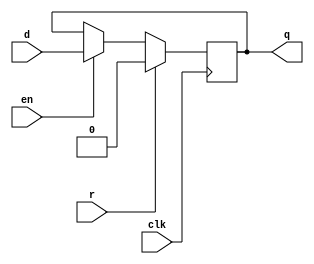
module dffre(d,en,r,clk,q);
parameter n = 1;//n=1dn>1nd
input [n-1:0]d;
input en,r,clk;
output [n-1:0]q;
reg [n-1:0]q;
always @ (posedge clk)begin
    if(r)begin
        q = {n{1'b0}};//
    end
    else if(en)
        q = d;
    else 
        q = q;
end
endmodule